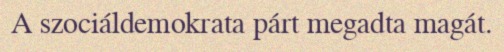
A szociáldemokrata párt megadta magát.